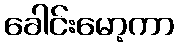
ခေါင်းမော့ကာ